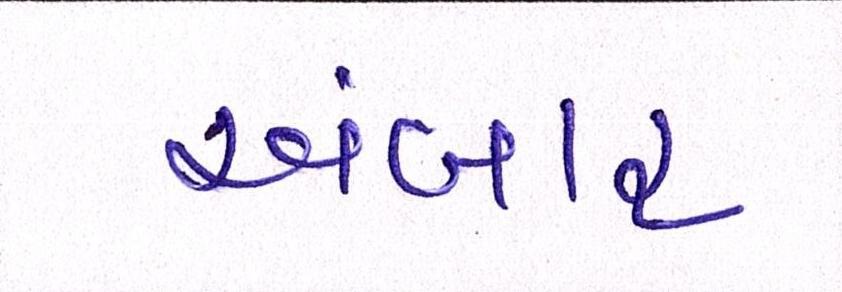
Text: અંબાર